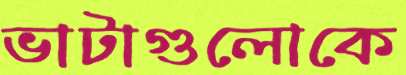
ভাটাগুলোকে